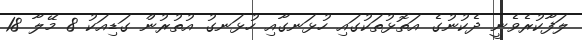
ލަފާކުރެވެނީ ދެކުނުގެ އަތޮޅުތަކުގައި ހުޅަނގާއި ހުޅަނގު އުތުރުން ގަޑިއަކު 8 މޭލާ 18